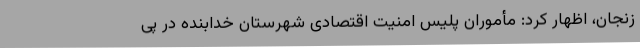
زنجان، اظهار کرد: مأموران پلیس امنیت اقتصادی شهرستان خدابنده در پی